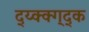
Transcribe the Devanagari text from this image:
द्य्क्क्ग्द्क